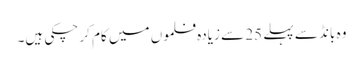
وہ بانڈ سے پہلے 25 سے زیادہ فلموں میں کام کر چکی ہیں۔